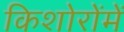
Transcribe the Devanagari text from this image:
किशोरोंमें